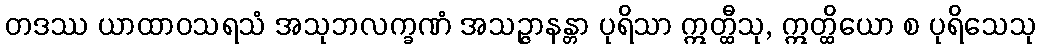
တဒဿ ယာထာဝသရသံ အသုဘလက္ခဏံ အသဉ္ဇာနန္တာ ပုရိသာ ဣတ္ထီသု, ဣတ္ထိယော စ ပုရိသေသု